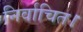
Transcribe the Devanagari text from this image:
निर्वाचित।